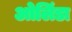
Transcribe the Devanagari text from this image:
ओलिंडा